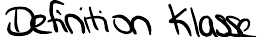
Definition Klasse